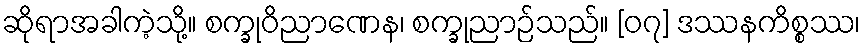
ဆိုရာအခါကဲ့သို့။ စက္ခုဝိညာဏေန၊ စက္ခုညာဉ်သည်။ [၀၇] ဒဿနကိစ္စဿ၊